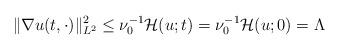
LaTeX: \begin{align*}\|\nabla u(t,\cdot)\|^2_{L^2}\leq \nu^{-1}_0\mathcal{H}(u;t)=\nu^{-1}_0\mathcal{H}(u;0) = \Lambda\end{align*}